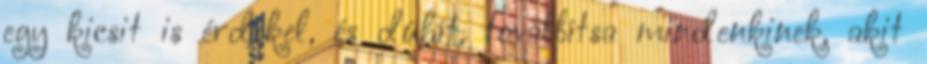
egy kicsit is érdekel, és dühít, továbbítsa mindenkinek, akit